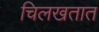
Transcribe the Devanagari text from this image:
चिलखतात